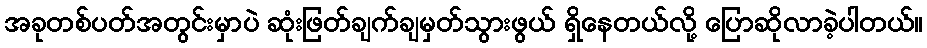
အခုတစ်ပတ်အတွင်းမှာပဲ ဆုံးဖြတ်ချက်ချမှတ်သွားဖွယ် ရှိနေတယ်လို့ ပြောဆိုလာခဲ့ပါတယ်။